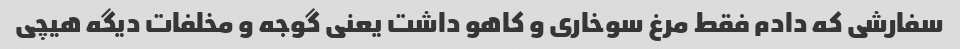
سفارشی که دادم فقط مرغ سوخاری و کاهو داشت یعنی گوجه و مخلفات دیگه هیچی